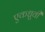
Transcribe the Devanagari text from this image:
एकध्रुवी